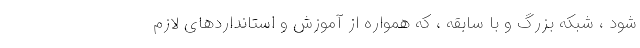
شود ، شبکه بزرگ و با سابقه ، که همواره از آموزش و استانداردهای لازم